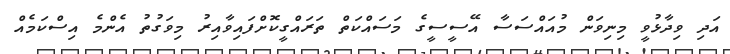
އަދި ވިދާޅުވީ މިނިވަން މުއައްސަސާ އޭސީސީގެ މަސައްކަތް ތަރައްގީކޮށްފައިވާއިރު މިވަގުތު އެންމެ އިސްކަމެއް